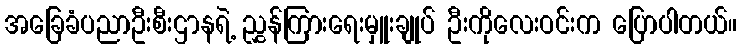
အခြေခံပညာဦးစီးဌာနရဲ့ ညွှန်ကြားရေးမှူးချုပ် ဦးကိုလေးဝင်းက ပြောပါတယ်။